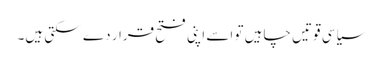
سیاسی قوتیں چاہیں تو اسے اپنی فتح قرار دے سکتی ہیں۔